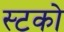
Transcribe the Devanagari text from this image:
स्टको